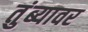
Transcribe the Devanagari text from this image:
तुंब्यावर